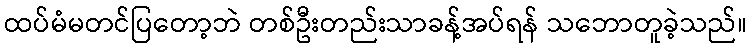
ထပ်မံမတင်ပြတော့ဘဲ တစ်ဦးတည်းသာခန့်အပ်ရန် သဘောတူခဲ့သည်။